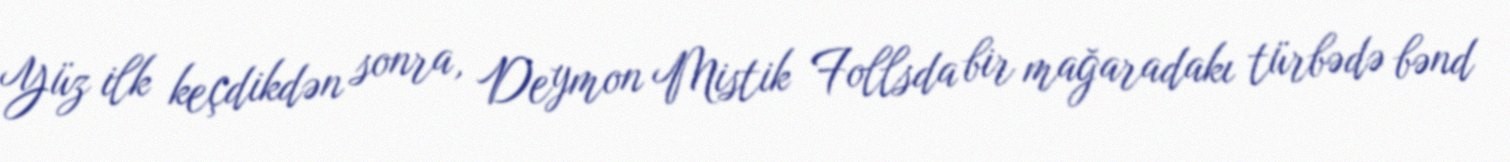
Yüz ilk keçdikdən sonra, Deymon Mistik Follsda bir mağaradakı türbədə bənd